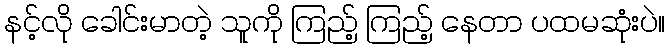
နင့်လို ခေါင်းမာတဲ့ သူကို ကြည့် ကြည့် နေတာ ပထမဆုံးပဲ။